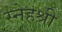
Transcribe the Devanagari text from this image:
स्नेहश्री